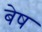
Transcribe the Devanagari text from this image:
बेष